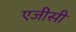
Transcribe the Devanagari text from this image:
एजीसी